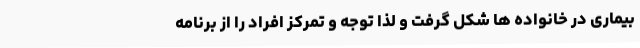
بیماری در خانواده ها شکل گرفت و لذا توجه و تمرکز افراد را از برنامه